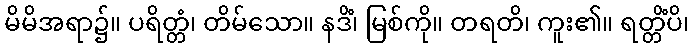
မိမိအရာ၌။ ပရိတ္တံ၊ တိမ်သော။ နဒိံ၊ မြစ်ကို။ တရတိ၊ ကူး၏။ ရတ္တိံပိ၊